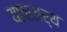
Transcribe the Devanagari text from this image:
याचाअर्थ